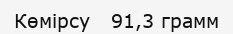
Көмірсу   91,3 грамм